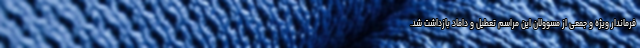
فرماندار ویژه و جمعی از مسوولان این مراسم تعطیل و داماد بازداشت شد.